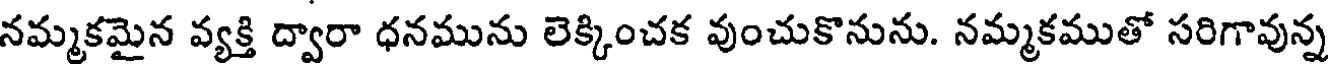
నమ్మకమైన వ్యక్తి ద్వారా ధనమును లెక్కించక వుంచుకొనును. నమ్మకముతో సరిగావున్న